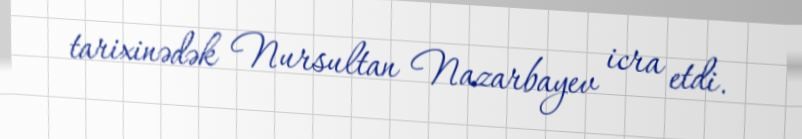
tarixinədək Nursultan Nazarbayev icra etdi.